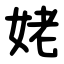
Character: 姥